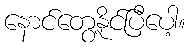
နောင်တွေ့နိုင်ပြီပေါ့။